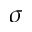
\sigma